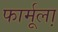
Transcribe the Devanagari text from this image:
फार्मूला़